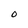
Character: o